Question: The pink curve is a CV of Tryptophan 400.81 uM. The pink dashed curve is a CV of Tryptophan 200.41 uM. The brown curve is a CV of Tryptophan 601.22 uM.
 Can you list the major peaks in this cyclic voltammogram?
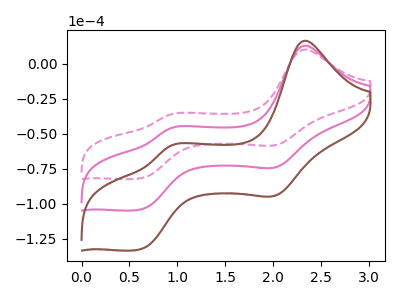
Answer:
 <answer>The pink curve "Tryptophan 400.81 uM" has anodic peaks at (2.35V, 12.95uA) (0.95V, -46.20uA) and cathodic peaks at (2.00V, -73.90uA) (0.60V, -104.35uA). The pink dashed curve "Tryptophan 200.41 uM" has anodic peaks at (2.35V, 10.15uA) (0.95V, -36.30uA) and cathodic peaks at (2.00V, -58.10uA) (0.60V, -82.00uA). The brown curve "Tryptophan 601.22 uM" has anodic peaks at (2.35V, 25.90uA) (0.95V, -92.45uA) and cathodic peaks at (2.00V, -147.85uA) (0.60V, -208.75uA).</answer>
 <eval></eval>